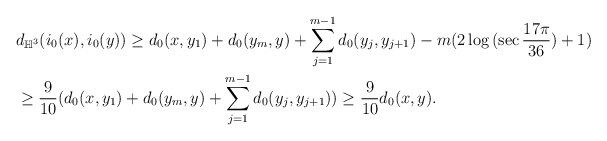
\begin{align*}& d_{\mathbb{H}^3}(i_0(x),i_0(y)) \geq d_0(x,y_1)+d_0(y_m,y)+\sum_{j=1}^{m-1} d_0(y_j,y_{j+1})-m(2\log{(\sec{\frac{17\pi}{36}})}+1)\\& \geq \frac{9}{10}(d_0(x,y_1)+d_0(y_m,y)+\sum_{j=1}^{m-1} d_0(y_j,y_{j+1}))\geq \frac{9}{10}d_0(x,y).\end{align*}